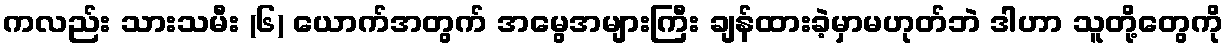
ကလည်း သားသမီး (၆) ယောက်အတွက် အမွေအများကြီး ချန်ထားခဲ့မှာမဟုတ်ဘဲ ဒါဟာ သူတို့တွေကို